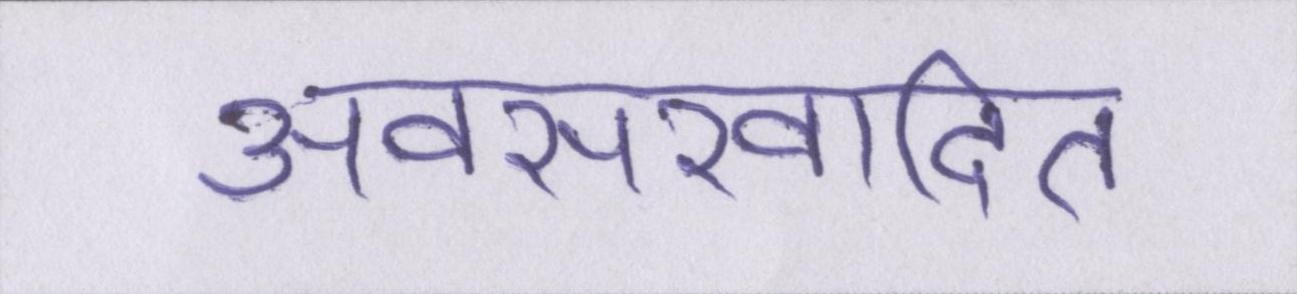
अवसरवादित